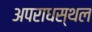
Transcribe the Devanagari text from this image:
अपराधस्थल